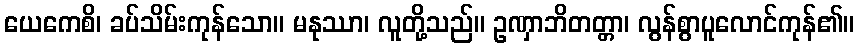
ယေကေစိ၊ ခပ်သိမ်းကုန်သော။ မနုဿာ၊ လူတို့သည်။ ဥဏှာဘိတတ္တာ၊ လွန်စွာပူလောင်ကုန်၏။